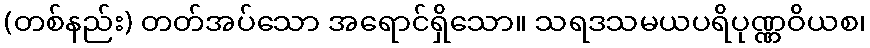
(တစ်နည်း) တတ်အပ်သော အရောင်ရှိသော။ သရဒသမယပရိပုဏ္ဏဝိယစ၊